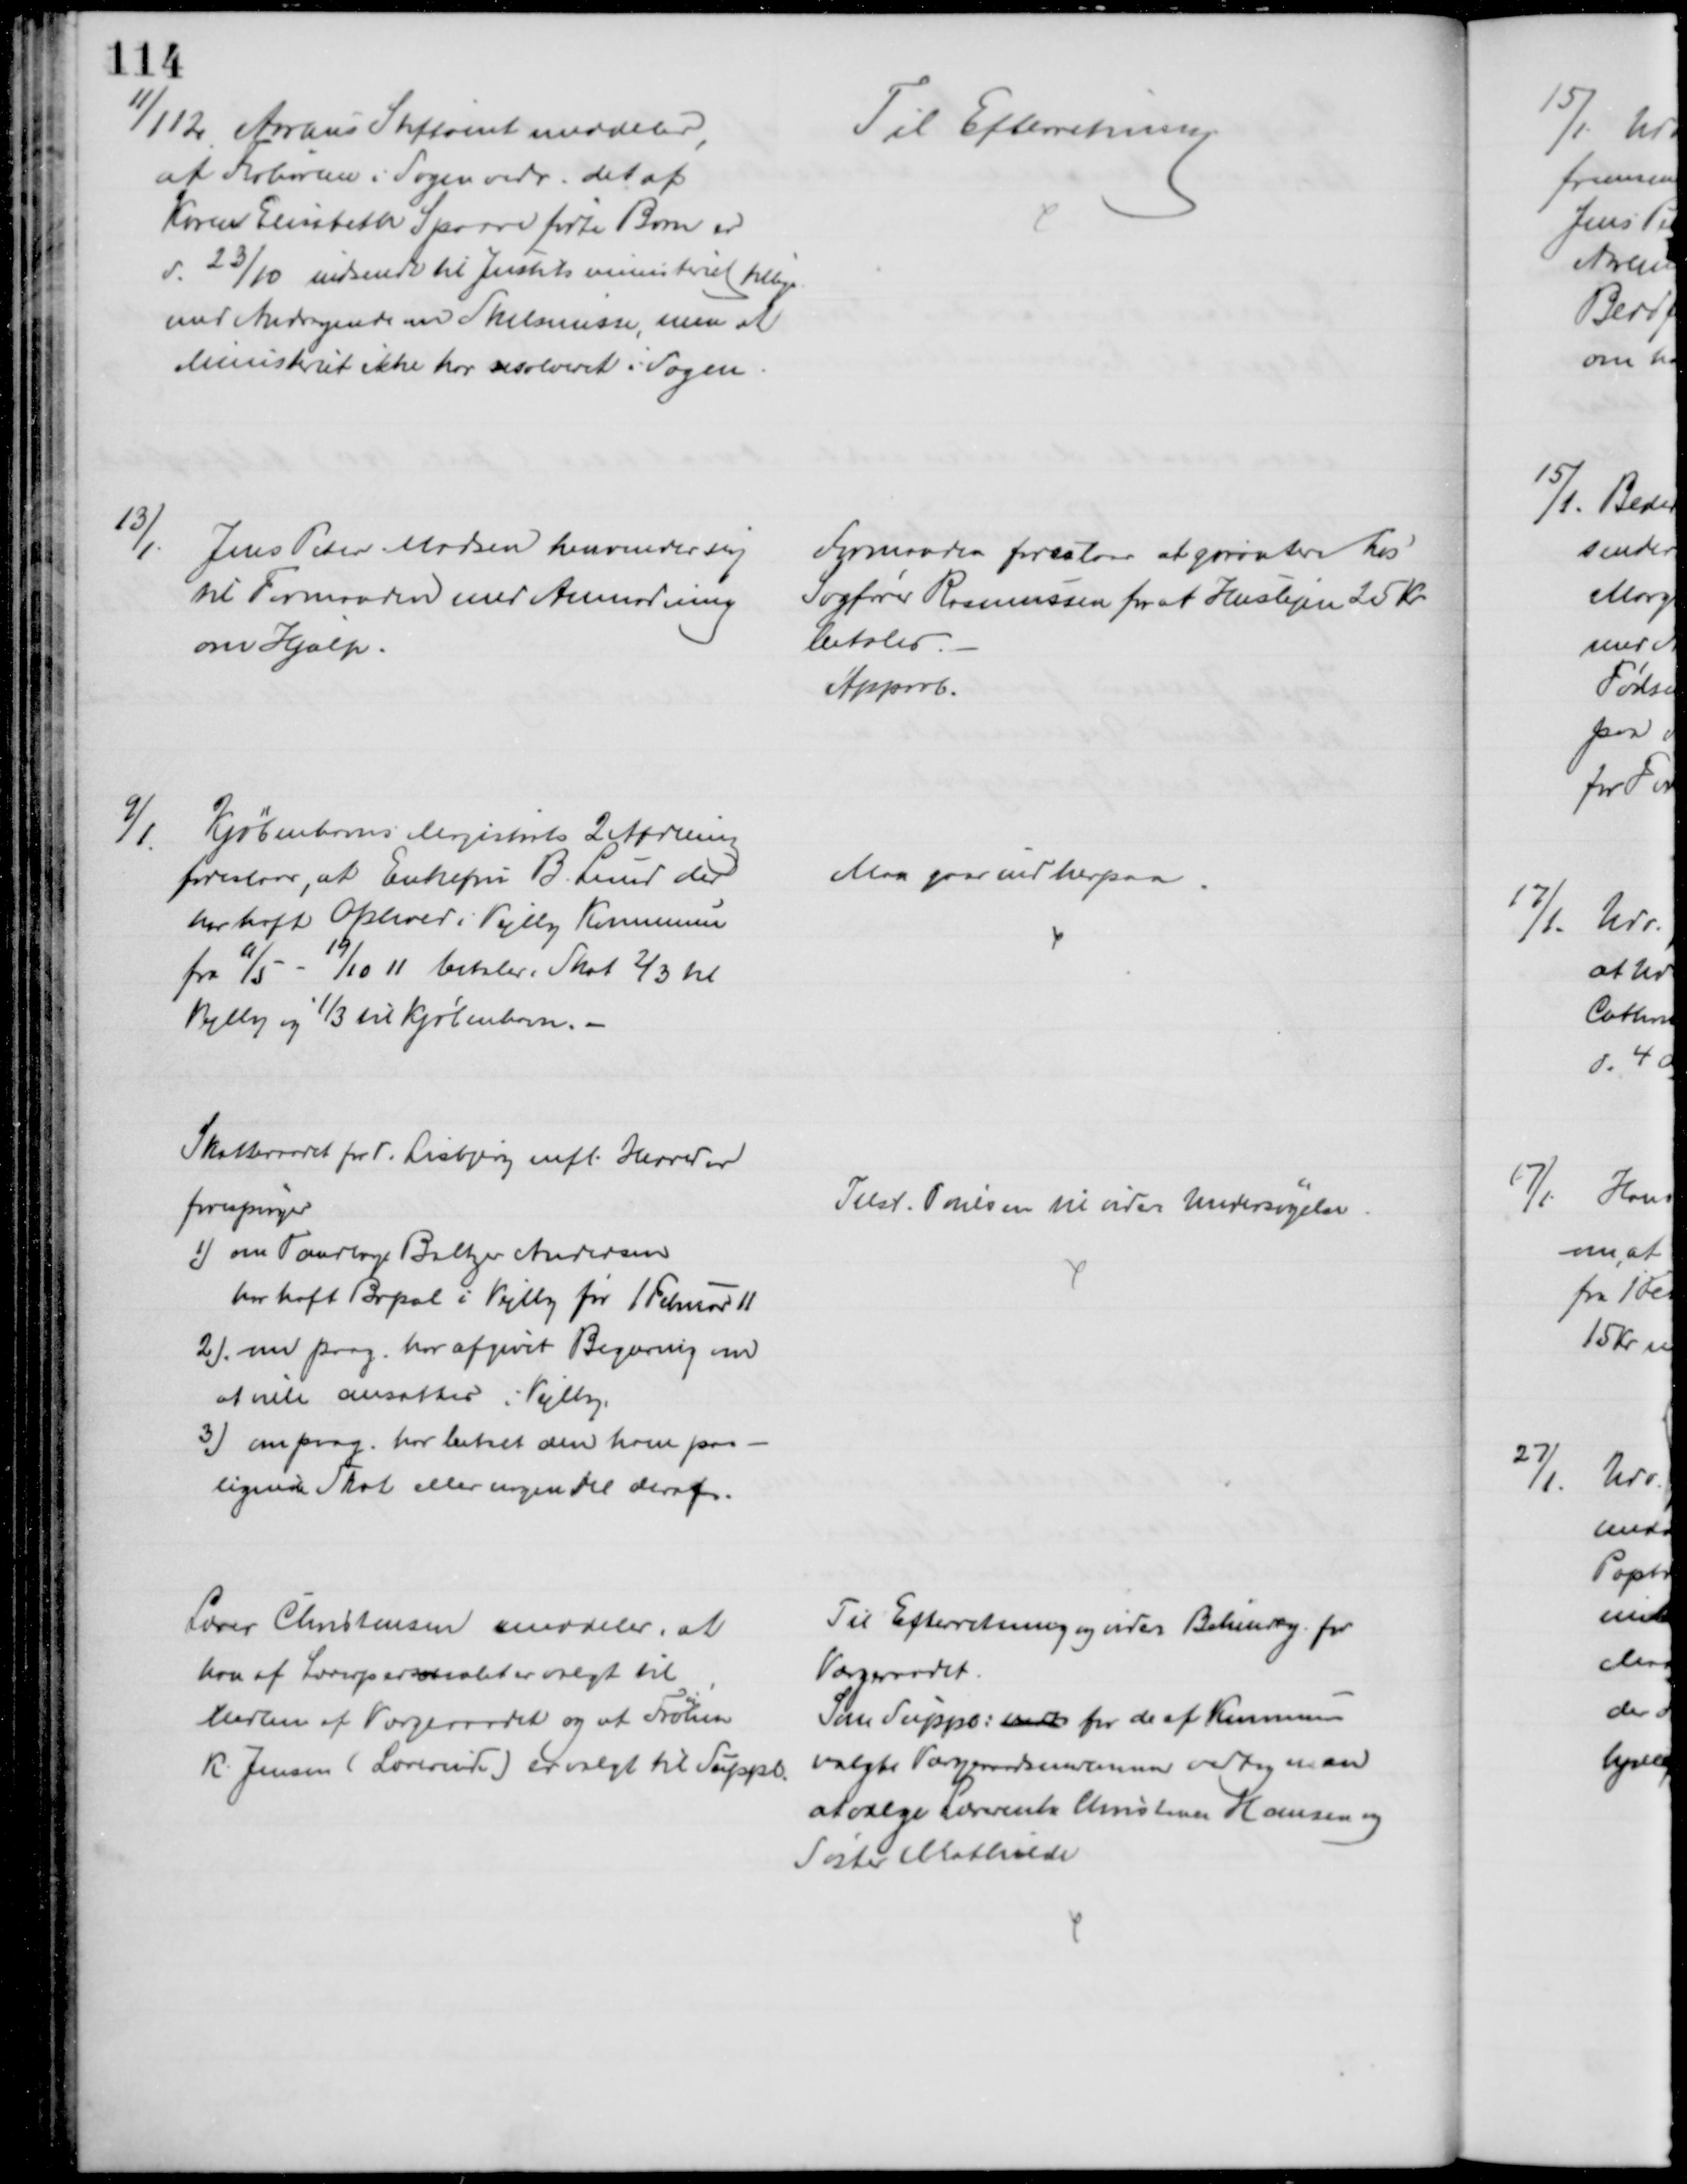
Transskription:
11/1 12 Aarhus Stiftamt meddeler,
at Folierne i Sagen vedr. det af
Karen Elisabeth Sparre fødte Barn er
d. 23/10 indsendt til Justitsministeriet tillige
med Andragende om Skilsmisse, men at
Ministeriet ikke har resolveret i Sagen 
Til Efterretning
13/1.
Jens Peter Madsen henvender sig
til Formanden med Anmodning
om Hjælp.
Formanden foreslaar at garantere hos
Sagfører Rasmussen for at Huslejen 25 Kr.
betales
Approb.
9/1.
Kjøbenhavns Magistrats 2 Afdeling
foreslaar, at Enkefru B. Lund der
har haft Ophold i Vejlby Kommune
fra 11/5 - 19/10 11 betaler. Skat ⅔ til
Vejlby og ⅓ til Kjøbenhavn. 
Man gaar ind herpaa.
Skatteraadet for V. Lisbjerg mfl. Herreder
forespørger
1) om Tandlæge Baltzer Andersen
har haft Bopæl i Vejlby før 1 Februar 11
2) om paag. har afgivet Begæring om
at ville ansættes i Vejlby.
3) om paag. har betalt den ham paa-
lignede Skat eller nogen Del deraf.
Tilst. Poulsen til videre Undersøgelse.
Lærer Christensen meddeler, at
han af Lærerpersonalet er valgt til
Medlem af Værgeraadet og at Frøken
K. Jensen (Lærerinde) er valgt til Suppl. 
Til Efterretning og videre Behandling for
Værgeraadet
Som Suppl: vedk for de af Kommunen
valgte Værgeraadsmedlemmer vedtog man
at vælge Lærerinde Christence Hansen og
Søster Mathilde